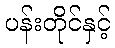
ပန်းတိုင်နှင့်